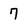
Character: 7